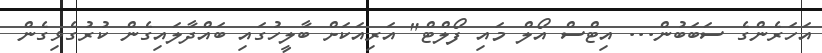
އަހަރެންގެ ސަބަބުން... އިޓްސް އޯލް މައި ފޯލްޓް" އަރިއަކަށް ބާލީހުގައި ބައްދާލައިގެން ކުރުގެޅިގެން